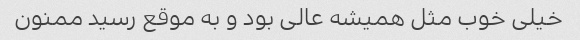
خیلی خوب مثل همیشه عالی بود و به موقع رسید ممنون